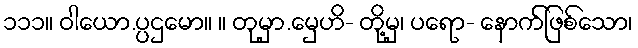
၁၁၁။ ဝါယော.ပ္ပဌမော။ ။ တုမှာ.မှေဟိ- တို့မှ၊ ပရော- နောက်ဖြစ်သော၊